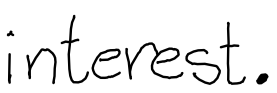
Text: interest.
Cross-out: diagonal
Writing tool: digital_black